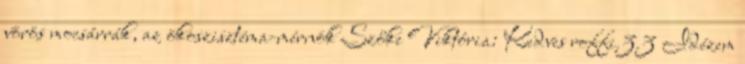
vörös mocsárrák, az ökoszisztéma-mérnök Szőke Viktória: Kedves roffi33 Idézem